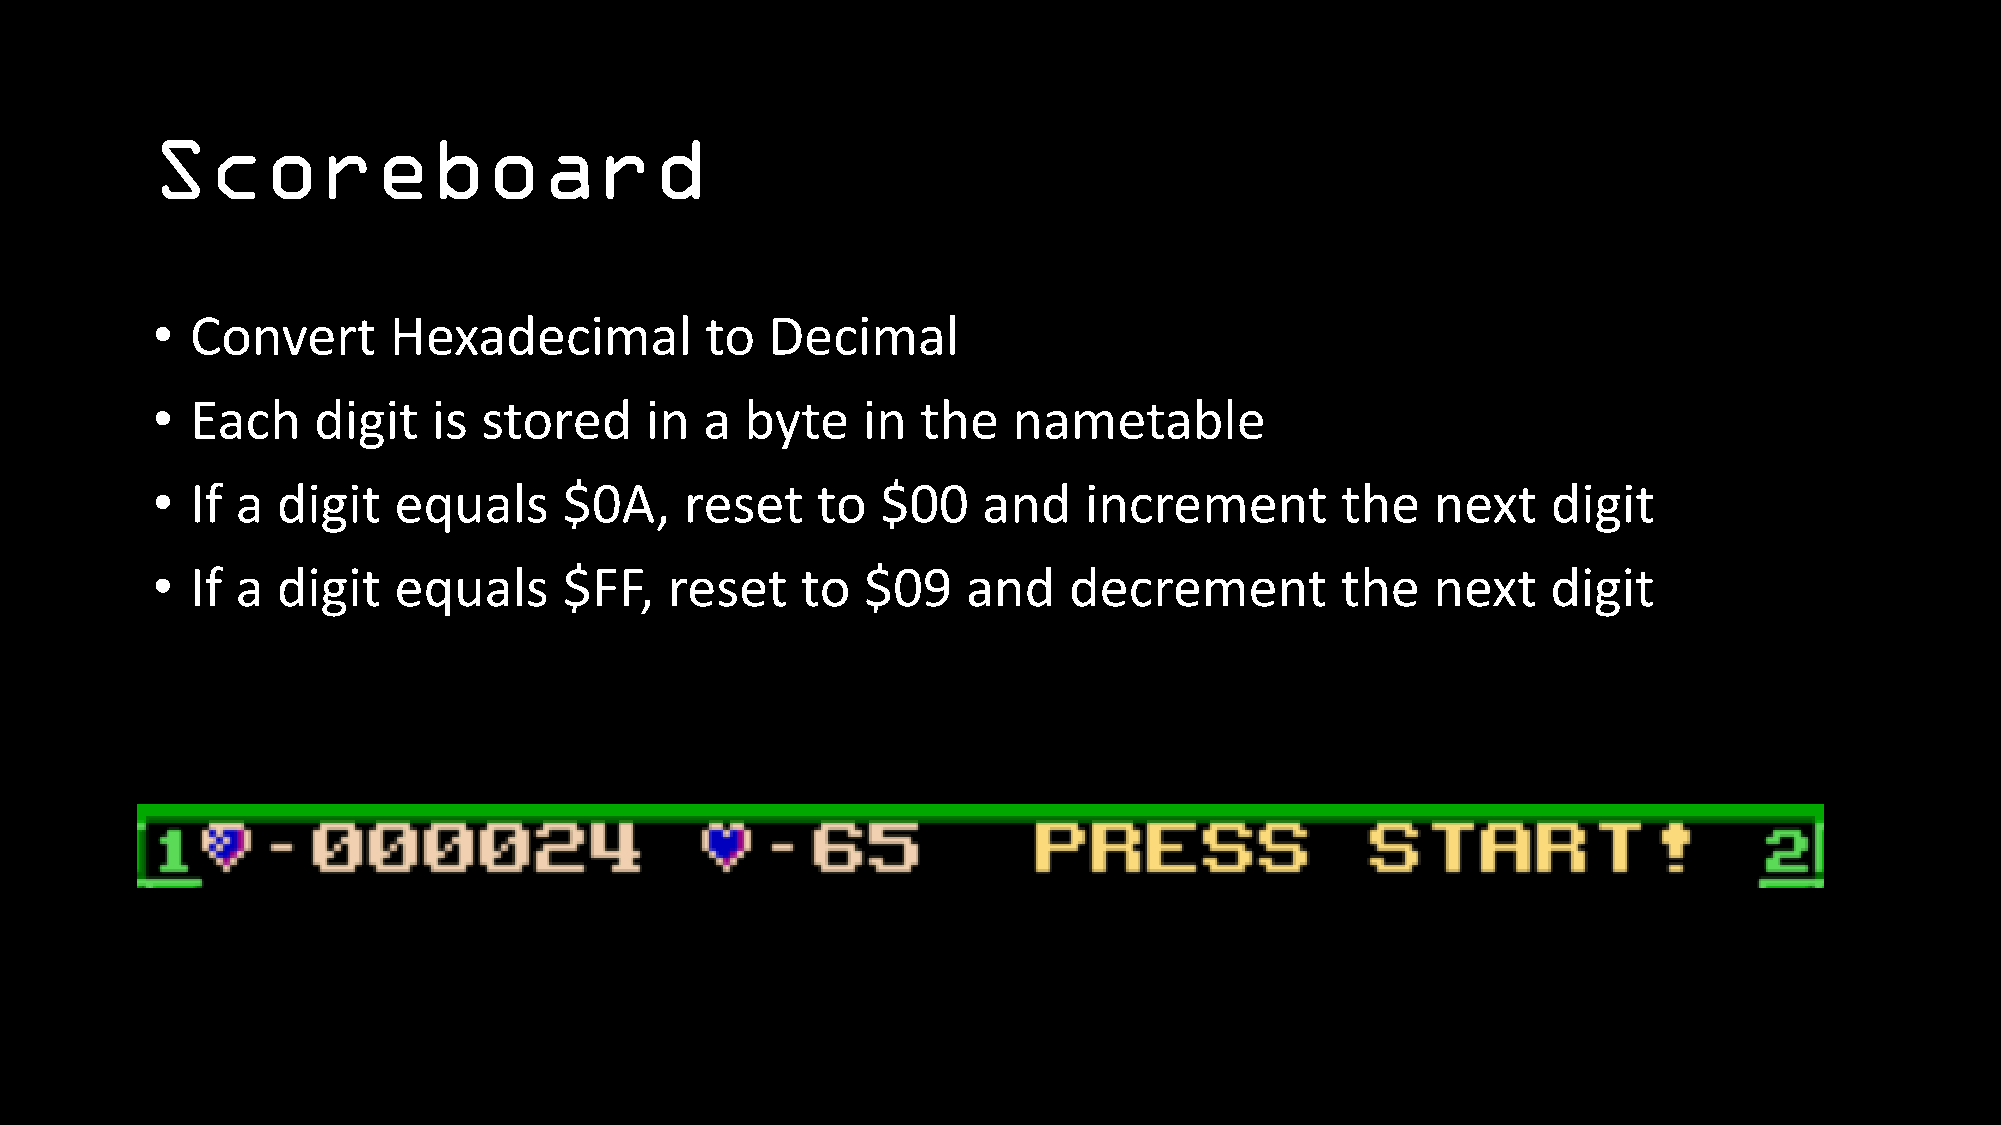
Scoreboard
 •  Convert      Hexadecimal          to  Decimal
 •  Each    digit   is stored     in  a byte    in  the   nametable
 •  If a digit   equals     $0A,    reset    to  $00    and    increment        the   next    digit
 •  If a digit   equals     $FF,   reset    to  $09    and    decrement         the   next    digit